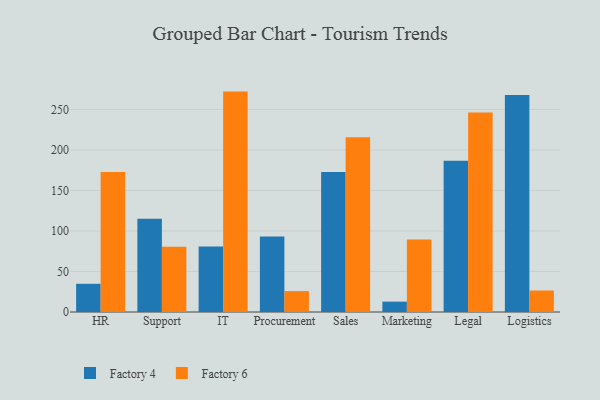
{"axis": {"x": "Department", "y": "Customer Acquisition Cost (USD)"}, "legend": ["Factory 4", "Factory 6"], "data": [{"x": "HR", "y": 34.8, "type": "Factory 4"}, {"x": "HR", "y": 172.9, "type": "Factory 6"}, {"x": "Support", "y": 115.0, "type": "Factory 4"}, {"x": "Support", "y": 80.4, "type": "Factory 6"}, {"x": "IT", "y": 80.8, "type": "Factory 4"}, {"x": "IT", "y": 272.0, "type": "Factory 6"}, {"x": "Procurement", "y": 93.2, "type": "Factory 4"}, {"x": "Procurement", "y": 25.8, "type": "Factory 6"}, {"x": "Sales", "y": 172.9, "type": "Factory 4"}, {"x": "Sales", "y": 215.7, "type": "Factory 6"}, {"x": "Marketing", "y": 12.8, "type": "Factory 4"}, {"x": "Marketing", "y": 89.5, "type": "Factory 6"}, {"x": "Legal", "y": 186.6, "type": "Factory 4"}, {"x": "Legal", "y": 246.2, "type": "Factory 6"}, {"x": "Logistics", "y": 267.7, "type": "Factory 4"}, {"x": "Logistics", "y": 26.5, "type": "Factory 6"}]}